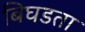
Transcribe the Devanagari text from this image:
बिघडता